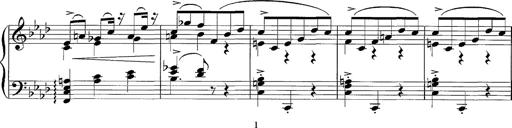
Title: LÃ¤ndler in A flat major
Composer: Franz Liszt
Key: A-flat major